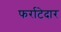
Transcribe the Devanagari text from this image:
फर्राटेदार